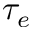
\tau _ { e }